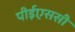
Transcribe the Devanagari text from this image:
पीईएससी